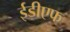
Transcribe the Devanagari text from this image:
ईडीएफ